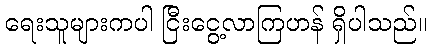
ရေးသူများကပါ ငြီးငွေ့လာကြဟန် ရှိပါသည်။